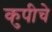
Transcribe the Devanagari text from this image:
कुपीचे